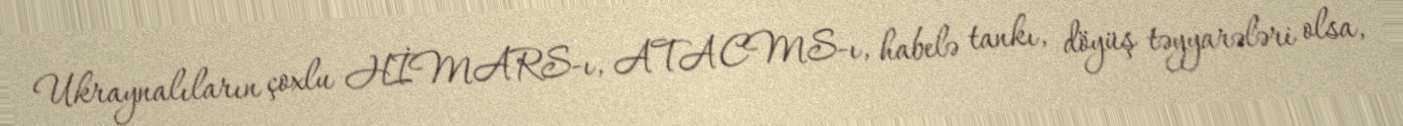
Ukraynalıların çoxlu HİMARS-ı, ATACMS-ı, habelə tankı, döyüş təyyarələri olsa,